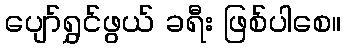
ပျော်ရွှင်ဖွယ် ခရီး ဖြစ်ပါစေ။